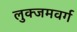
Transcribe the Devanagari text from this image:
लुक्जमवर्ग